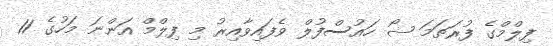
ފިލްމްގެ ފުރަތަމަ ޝޯ ހައުސްފުލް ވެފައިވާއިރު މި ފިލްމް އަންނަ މަހުގެ 11